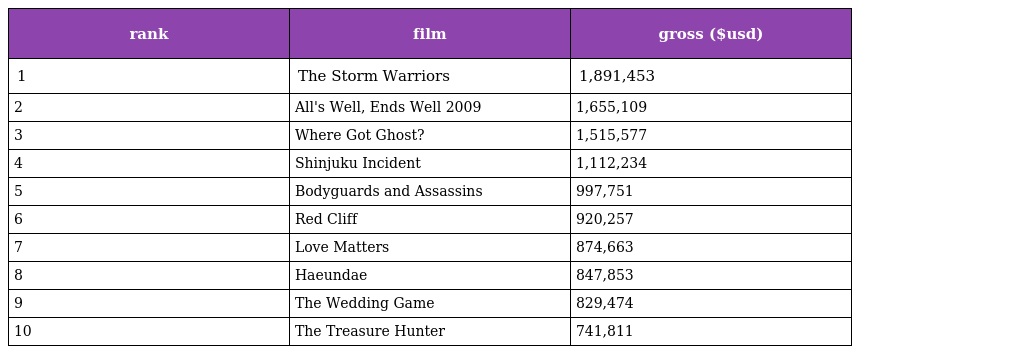
| rank | film | gross ($usd) |
 | --- | --- | --- |
 | 1 | The Storm Warriors | 1,891,453 |
 | 2 | All's Well, Ends Well 2009 | 1,655,109 |
 | 3 | Where Got Ghost? | 1,515,577 |
 | 4 | Shinjuku Incident | 1,112,234 |
 | 5 | Bodyguards and Assassins | 997,751 |
 | 6 | Red Cliff | 920,257 |
 | 7 | Love Matters | 874,663 |
 | 8 | Haeundae | 847,853 |
 | 9 | The Wedding Game | 829,474 |
 | 10 | The Treasure Hunter | 741,811 |